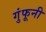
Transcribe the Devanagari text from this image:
गुंफूनी